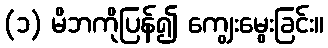
(၁) မိဘကိုပြန်၍ ကျွေးမွေးခြင်း။